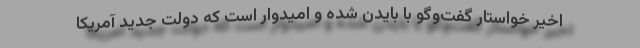
اخیر خواستار گفت‌و‌گو با بایدن شده و امیدوار است که دولت جدید آمریکا